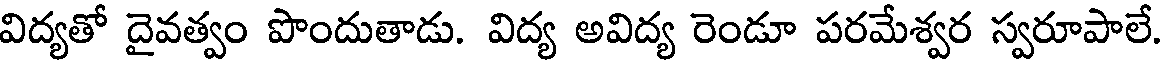
విద్యతో దైవత్వం పొందుతాడు. విద్య అవిద్య రెండూ పరమేశ్వర స్వరూపాలే.